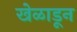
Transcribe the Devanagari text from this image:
खेळाडून